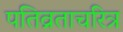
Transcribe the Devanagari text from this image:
पतिव्रताचरित्र